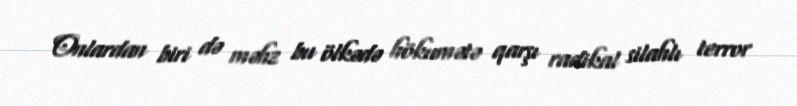
Onlardan biri də məhz bu ölkədə hökumətə qarşı radikal silahlı terror